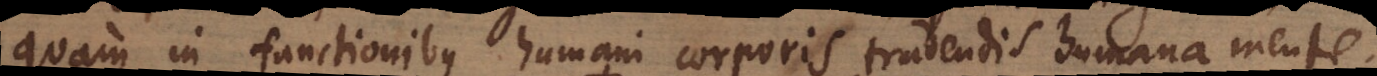
quam in functionibus humani corporis tradendis humana mente.